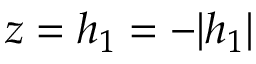
z = h _ { 1 } = - | h _ { 1 } |